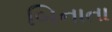
બિનાતા